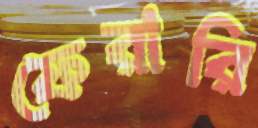
ফেরারি